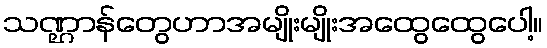
သဏ္ဌာန်တွေဟာအမျိုးမျိုးအထွေထွေပေါ့။